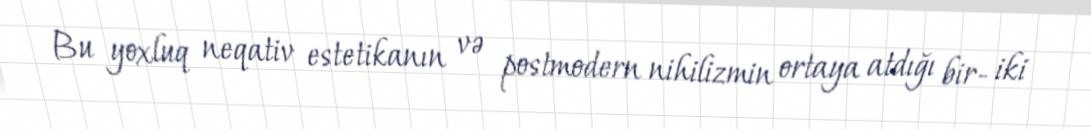
Bu yoxluq neqativ estetikanın və postmodern nihilizmin ortaya atdığı bir- iki